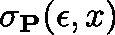
\mathbf { \sigma } _ { \mathbf { P } } ( \epsilon , x )